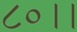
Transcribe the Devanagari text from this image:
८०।।